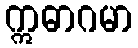
ဣဓာဂမာ